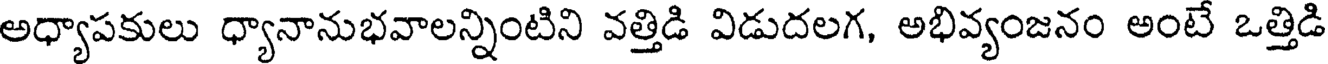
అధ్యాపకులు ధ్యానానుభవాలన్నింటిని వత్తిడి విడుదలగ, అభివ్యంజనం అంటే ఒత్తిడి